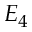
E _ { 4 }